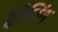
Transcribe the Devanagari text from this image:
ट्वीनिंग